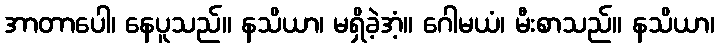
အာတာပေါ၊ နေပူသည်။ နသိယာ၊ မရှိခဲ့အံ့။ ဂေါမယံ၊ မီးစာသည်။ နသိယာ၊